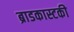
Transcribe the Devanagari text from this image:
ब्राडकास्टकी